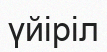
үйіріл